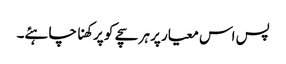
پس اس معیار پر ہر سچے کو پرکھنا چاہئے۔